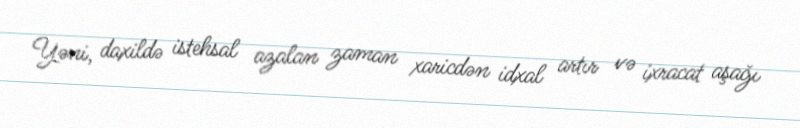
Yəni, daxildə istehsal azalan zaman xaricdən idxal artır və ixracat aşağı